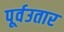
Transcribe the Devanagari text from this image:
पूर्वउतार